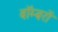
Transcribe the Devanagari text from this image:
बाॅम्बरों